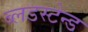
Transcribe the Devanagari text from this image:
ब्लडस्टेन्ड